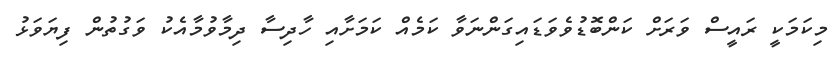
މިކަމަކީ ރައީސް ވަރަށް ކަންބޮޑުވެވަޑައިގަންނަވާ ކަމެއް ކަމަށާއި ހާދިސާ ދިމާވުމާއެކު ވަގުތުން ފިޔަވަޅު